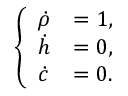
\begin{array} { r } { \left\{ \begin{array} { l l } { \dot { \rho } } & { = 1 , } \\ { \dot { h } } & { = 0 , } \\ { \dot { c } } & { = 0 . } \end{array} \right. } \end{array}